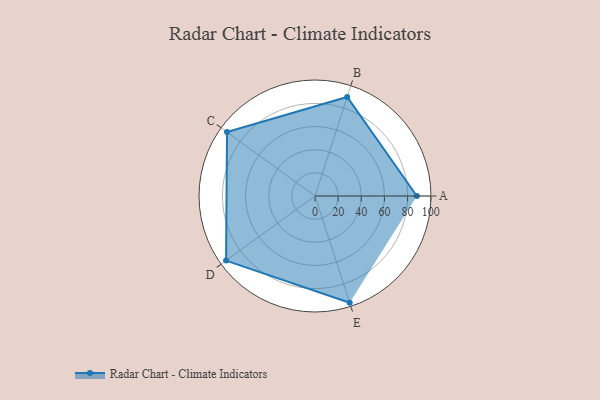
{"axis": {"x": "Skill", "y": "Score"}, "legend": ["Profile"], "data": [{"x": "A", "y": 88.0, "type": "Profile"}, {"x": "B", "y": 90.0, "type": "Profile"}, {"x": "C", "y": 94.0, "type": "Profile"}, {"x": "D", "y": 95.0, "type": "Profile"}, {"x": "E", "y": 97.0, "type": "Profile"}]}